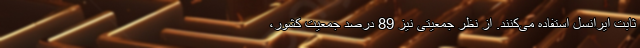
ثابت ایرانسل استفاده می‌کنند. از نظر جمعیتی نیز 89 درصد جمعیت کشور،